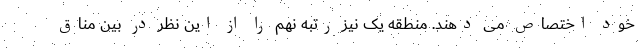
خود اختصاص می دهند. منطقه یک نیز رتبه نهم را از این نظر در بین مناق